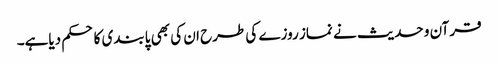
قرآن و حدیث نے نماز روزے کی طرح ان کی بھی پابندی کا حکم دیاہے۔